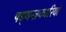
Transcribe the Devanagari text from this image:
षड्‍यन्त्रकारियों